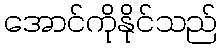
အောင်ကိုနိုင်သည်